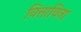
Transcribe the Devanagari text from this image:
वित्ताविना